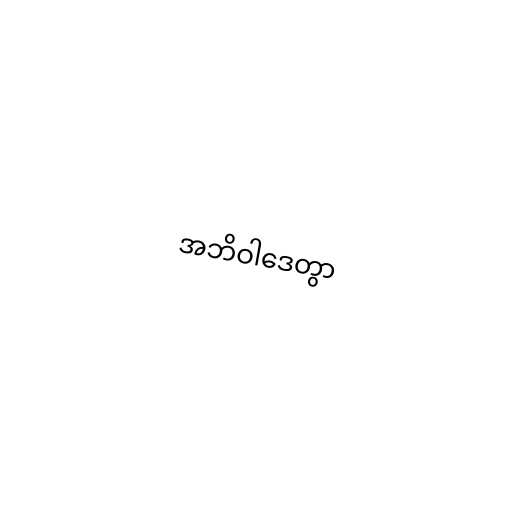
အဘိဝါဒေတွာ